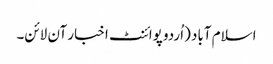
اسلام آباد (اُردو پوائنٹ اخبار آن لائن۔